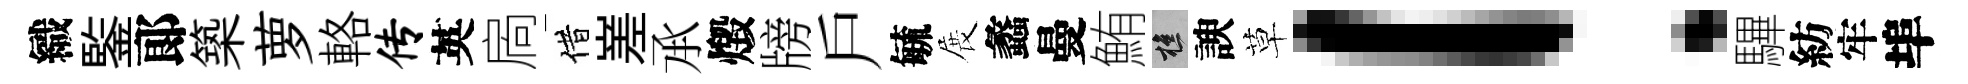
織鍳郞築萝輅传英扄借嵳𠄘燬牓戶毓展蠡曼鮪樵諛草！驆紡牢埠